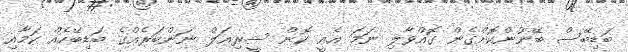
ބަޑިބޭސް ބޭނުންކޮށްގެން ގޮއްވާލި ނަމަ އެއީ ކޮން ސީރިއަލް ނަންބަރެއްގެ ބަޑިބޭހެއް ކަމާއި